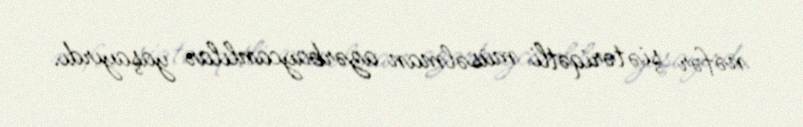
nəfər şiə təriqətli müsəlman azərbaycanlılar yaşayırdı.